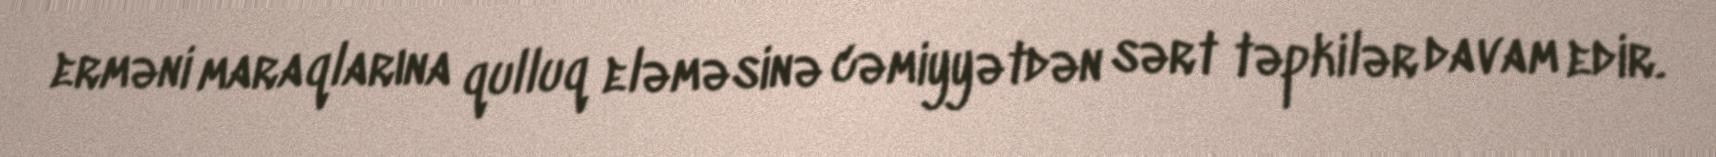
erməni maraqlarına qulluq eləməsinə cəmiyyətdən sərt təpkilər davam edir.